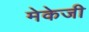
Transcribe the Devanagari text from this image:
मेकेजी